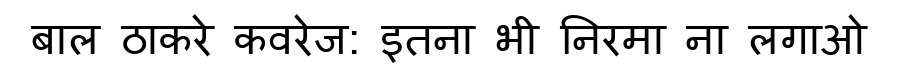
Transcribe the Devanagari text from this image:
बाल ठाकरे कवरेज: इतना भी निरमा ना लगाओ